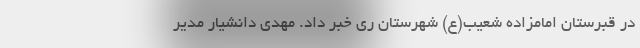
در قبرستان امامزاده شعیب(ع) شهرستان ری خبر داد. مهدی دانشیار مدیر